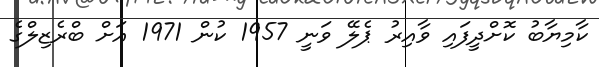
ކާމިޔާބު ކޮށްދީފައި ވާއިރު ޕެލޭ ވަނީ 1957 ކުން 1971 އަށް ބްރެޒިލްގެ